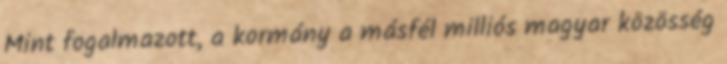
Mint fogalmazott, a kormány a másfél milliós magyar közösség